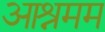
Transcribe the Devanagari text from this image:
आश्रमम